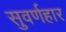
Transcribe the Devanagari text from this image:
सुवर्णहार